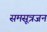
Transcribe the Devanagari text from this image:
समसूत्रजन